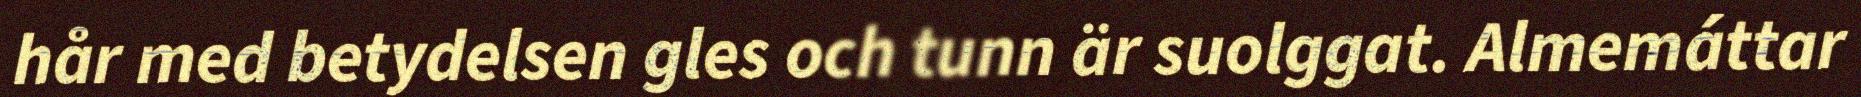
hår med betydelsen gles och tunn är suolggat. Almemáttar